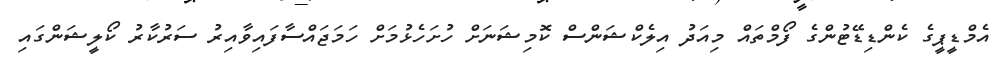
އެމްޑީޕީގެ ކެންޑިޑޭޓުންގެ ފޯމްތައް މިއަދު އިލެކްޝަންސް ކޮމިޝަނަށް ހުށަހެޅުމަށް ހަމަޖައްސާފައިވާއިރު ސަރުކާރު ކޯލީޝަންގައި